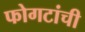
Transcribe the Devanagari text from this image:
फोगटांची